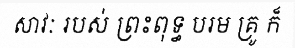
សាវៈ របស់ ព្រះពុទ្ធ បរម គ្រូ ក៏